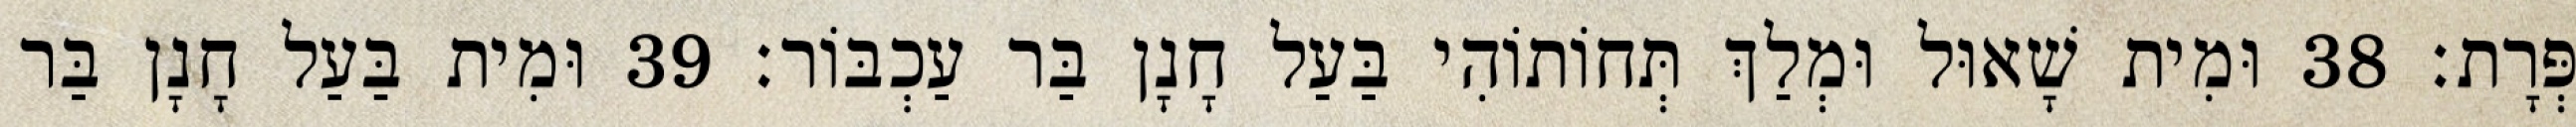
פְּרָת׃ 38 וּמִית שָׁאוּל וּמְלַךְ תְּחוֹתוֹהִי בַּעַל חָנָן בַּר עַכְבּוֹר׃ 39 וּמִית בַּעַל חָנָן בַּר